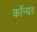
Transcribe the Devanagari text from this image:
कॉन्यर